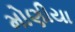
મોણીયા